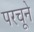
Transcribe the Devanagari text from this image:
परचूने